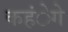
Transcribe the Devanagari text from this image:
कहंेगे